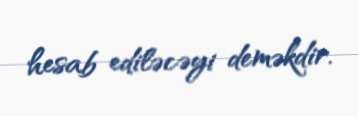
hesab ediləcəyi deməkdir.